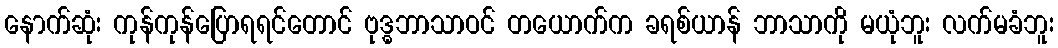
နောက်ဆုံး ကုန်ကုန်ပြောရရင်တောင် ဗုဒ္ဓဘာသာဝင် တယောက်က ခရစ်ယာန် ဘာသာကို မယုံဘူး လက်မခံဘူး